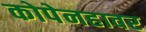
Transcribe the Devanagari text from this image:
कोपेनहावर